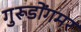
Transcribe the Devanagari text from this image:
गुरूडोंगमर